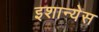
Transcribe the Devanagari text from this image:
इशान्येस